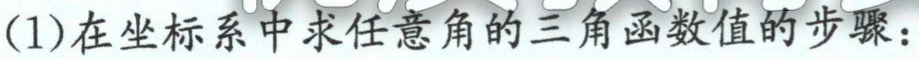
(1)在坐标系中求任意角的三角函数值的步骤：